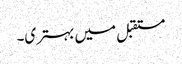
مستقبل میں بہتری۔